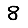
Digit: 8